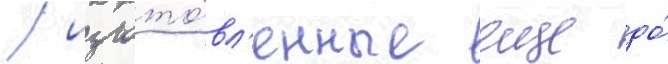
/ изгото́вл'енные еще до́